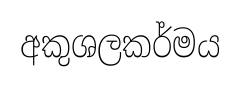
අකුශලකර්මය